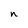
Character: n